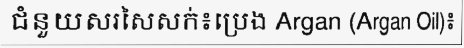
ជំនួយសរសៃសក់៖ប្រេង Argan (Argan Oil)៖